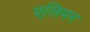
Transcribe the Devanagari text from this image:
एलिमन